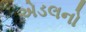
એડલનો